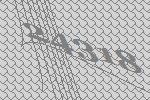
24318